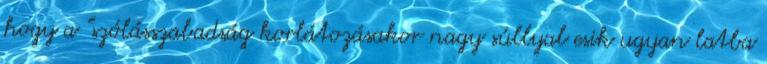
hogy a "szólásszabadság korlátozásakor nagy súllyal esik ugyan latba